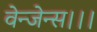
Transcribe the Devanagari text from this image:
वेन्जेन्स।।।